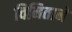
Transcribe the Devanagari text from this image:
विनिताने